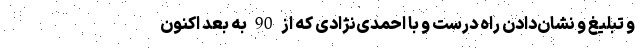
و تبلیغ و نشان‌دادن راه درست و با احمدی‌نژادی که از 90 به بعد اکنون